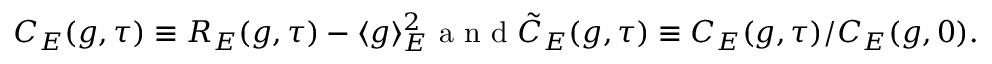
\begin{array} { r } { C _ { E } ( g , \tau ) \equiv R _ { E } ( g , \tau ) - \langle g \rangle _ { E } ^ { 2 } \mathrm { ~ a ~ n ~ d ~ } \tilde { C } _ { E } ( g , \tau ) \equiv C _ { E } ( g , \tau ) / C _ { E } ( g , 0 ) . } \end{array}